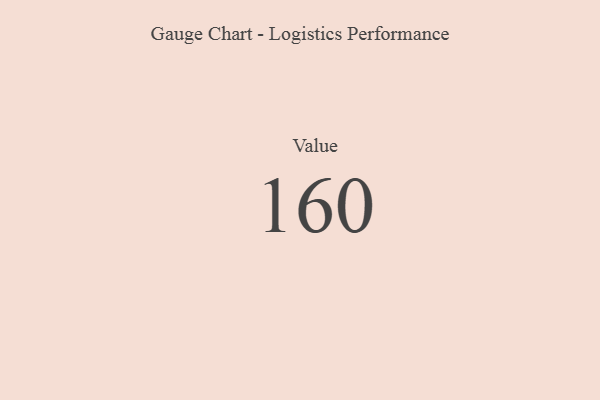
{"axis": {"x": "Metric", "y": "Value"}, "legend": [""], "data": [{"x": "Value", "y": 160, "type": ""}]}